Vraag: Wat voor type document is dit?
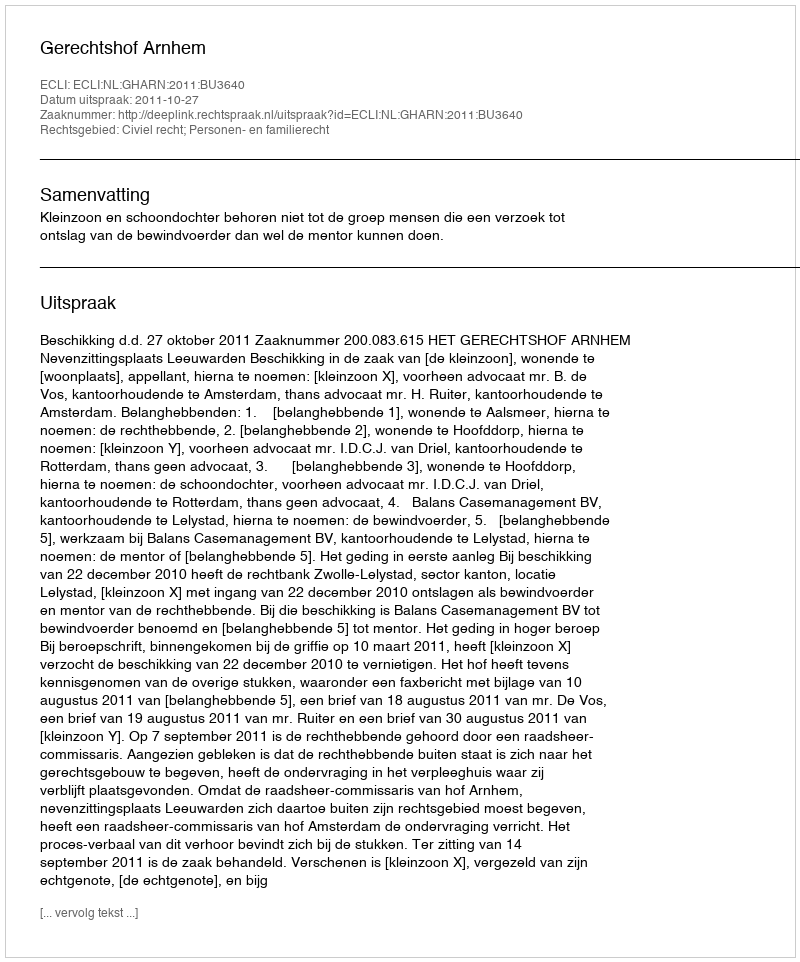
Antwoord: Uitspraak